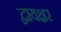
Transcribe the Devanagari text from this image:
द्वायक्षर